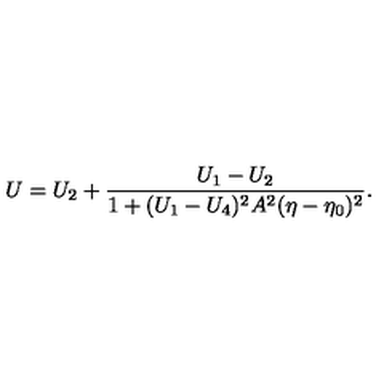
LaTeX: U = U _ { 2 } + \frac { U _ { 1 } - U _ { 2 } } { 1 + ( U _ { 1 } - U _ { 4 } ) ^ { 2 } A ^ { 2 } ( \eta - \eta _ { 0 } ) ^ { 2 } } .